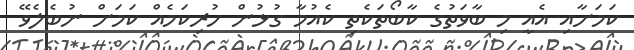
ކަމަށާއި އެއީ މި ބާވަތުގެ ކާބޯތަކެތި ކެއުމާ ގުޅުން ހުރިކަމެއް ކަމަށް ނުބެލެވޭ